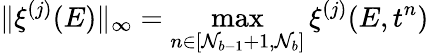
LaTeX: \| \xi^{(j)}(E)\| _{\infty}=\operatorname*{max}_{n\in[\mathcal{N}_{b-1}+1,\mathcal{N}_{b}]}\xi^{(j)}(E,t^{n})